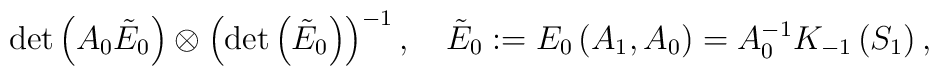
\det\left(A_0\tilde{E}_0\right)\otimes\left(\det\left(\tilde{E}_0\right)\right)^{-1}, \quad\tilde{E}_0:=E_0\left(A_1,A_0\right)=A_0^{-1}K_{-1}\left(S_1\right),